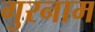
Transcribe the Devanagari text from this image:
गुरनाम